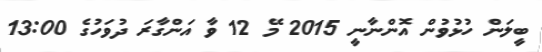
ބީލަން ހުޅުވުން އޮންނާނީ 2015 މޭ 12 ވާ އަންގާރަ ދުވަހުގެ 13:00